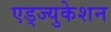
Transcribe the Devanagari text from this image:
एड्ज्युकेशन